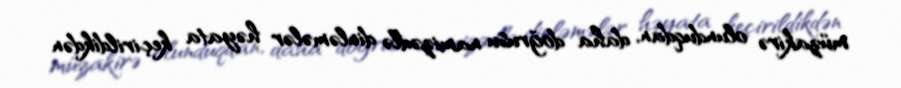
müzakirə olunduqdan, daha doğrusu namizədlə dinləmələr həyata keçirildikdən